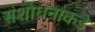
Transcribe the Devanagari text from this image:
संशोधनाकडे